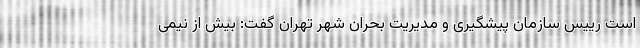
است رییس سازمان پیشگیری و مدیریت بحران شهر تهران گفت: بیش از نیمی